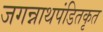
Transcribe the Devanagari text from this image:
जगन्नाथपंडितकृत